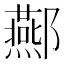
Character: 酀